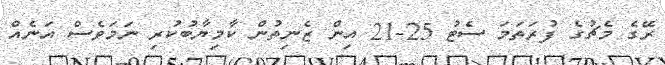
ރޭގެ މެޗުގެ ފުރަތަމަ ސެޓު 25-21 އިން ޒެނިތުން ކާމިޔާބުކުރި ނަމަވެސް އަނެއް